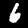
Digit: 6